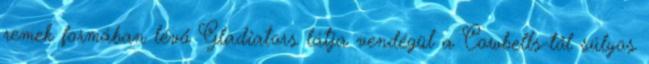
remek formában lévő Gladiators látja vendégül a Cowbells-től súlyos